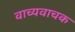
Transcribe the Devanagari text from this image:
वाच्यवाचक